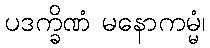
ပဒက္ခိဏံ မနောကမ္မံ၊